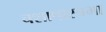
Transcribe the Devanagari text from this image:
चशाषास्त्रभा